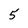
Character: 5